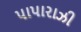
પાપારાઝી